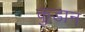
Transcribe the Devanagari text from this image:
कुडान